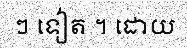
ៗ ទៀត ។ ដោយ